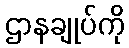
ဌာနချုပ်ကို